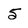
Character: 5